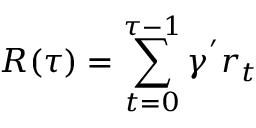
R ( \tau ) = \sum _ { t = 0 } ^ { \tau - 1 } \gamma ^ { ' } r _ { t }